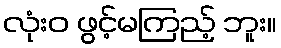
လုံးဝ ဖွင့်မကြည့် ဘူး။